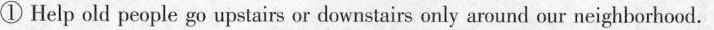
① Help old people go upstairs or downstairs only around our neighborhood.